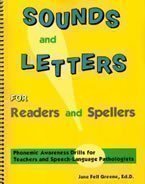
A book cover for Sounds and Letters for Readers and Spellers: Phonemic Awareness Drills for Teachers and Speech-Language Pathologists; Jane Fell Greene; Reference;